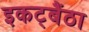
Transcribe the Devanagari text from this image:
इकट्बैंठा